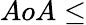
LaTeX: AoA\le